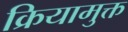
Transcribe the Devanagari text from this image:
क्रियामुक्त